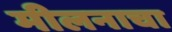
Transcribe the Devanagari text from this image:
मीलनाचा